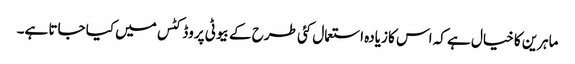
ماہرین کا خیال ہے کہ اس کا زیادہ استعمال کئی طرح کے بیوٹی پروڈکٹس میں کیا جاتا ہے۔